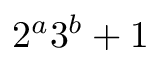
2 ^ { a } 3 ^ { b } + 1